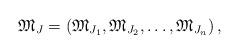
LaTeX: \begin{align*}\mathfrak{M}_J=\left(\mathfrak{M}_{J_1},\mathfrak{M}_{J_2},\ldots,\mathfrak{M}_{J_n}\right), \end{align*}